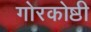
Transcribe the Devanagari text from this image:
गोरकोष्ठी